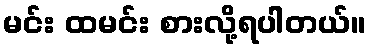
မင်း ထမင်း စားလို့ရပါတယ်။